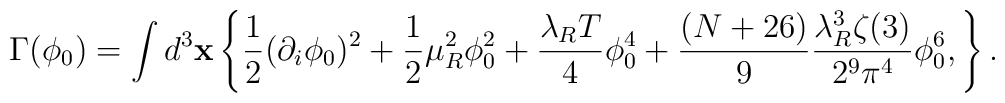
\Gamma(\phi_{0})=\int d^{3}{\bf x}\left\{          \frac{1}{2}(\partial_{i}\phi_{0})^{2}+           \frac{1}{2}\mu_{R}^{2}\phi_{0}^{2}+          \frac{\lambda_{R} T}{4}\phi_{0}^{4}+          \frac{(N+26)}{9}\frac{\lambda_{R}^{3}\zeta(3)}{2^{9}\pi^{4}}\phi_{0}^{6},\right\}.